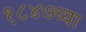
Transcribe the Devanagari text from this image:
१८४७च्या